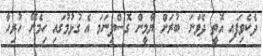
ދެކެވިފައި އޮތީ ދެވަނަ ބުރަށް ޔާމީން ގޮސްފިނަމަ އެ ގުޅުމުގައި ހިމެނޭ ހުރިހާ